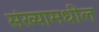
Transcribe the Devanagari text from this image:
संख्यामधील